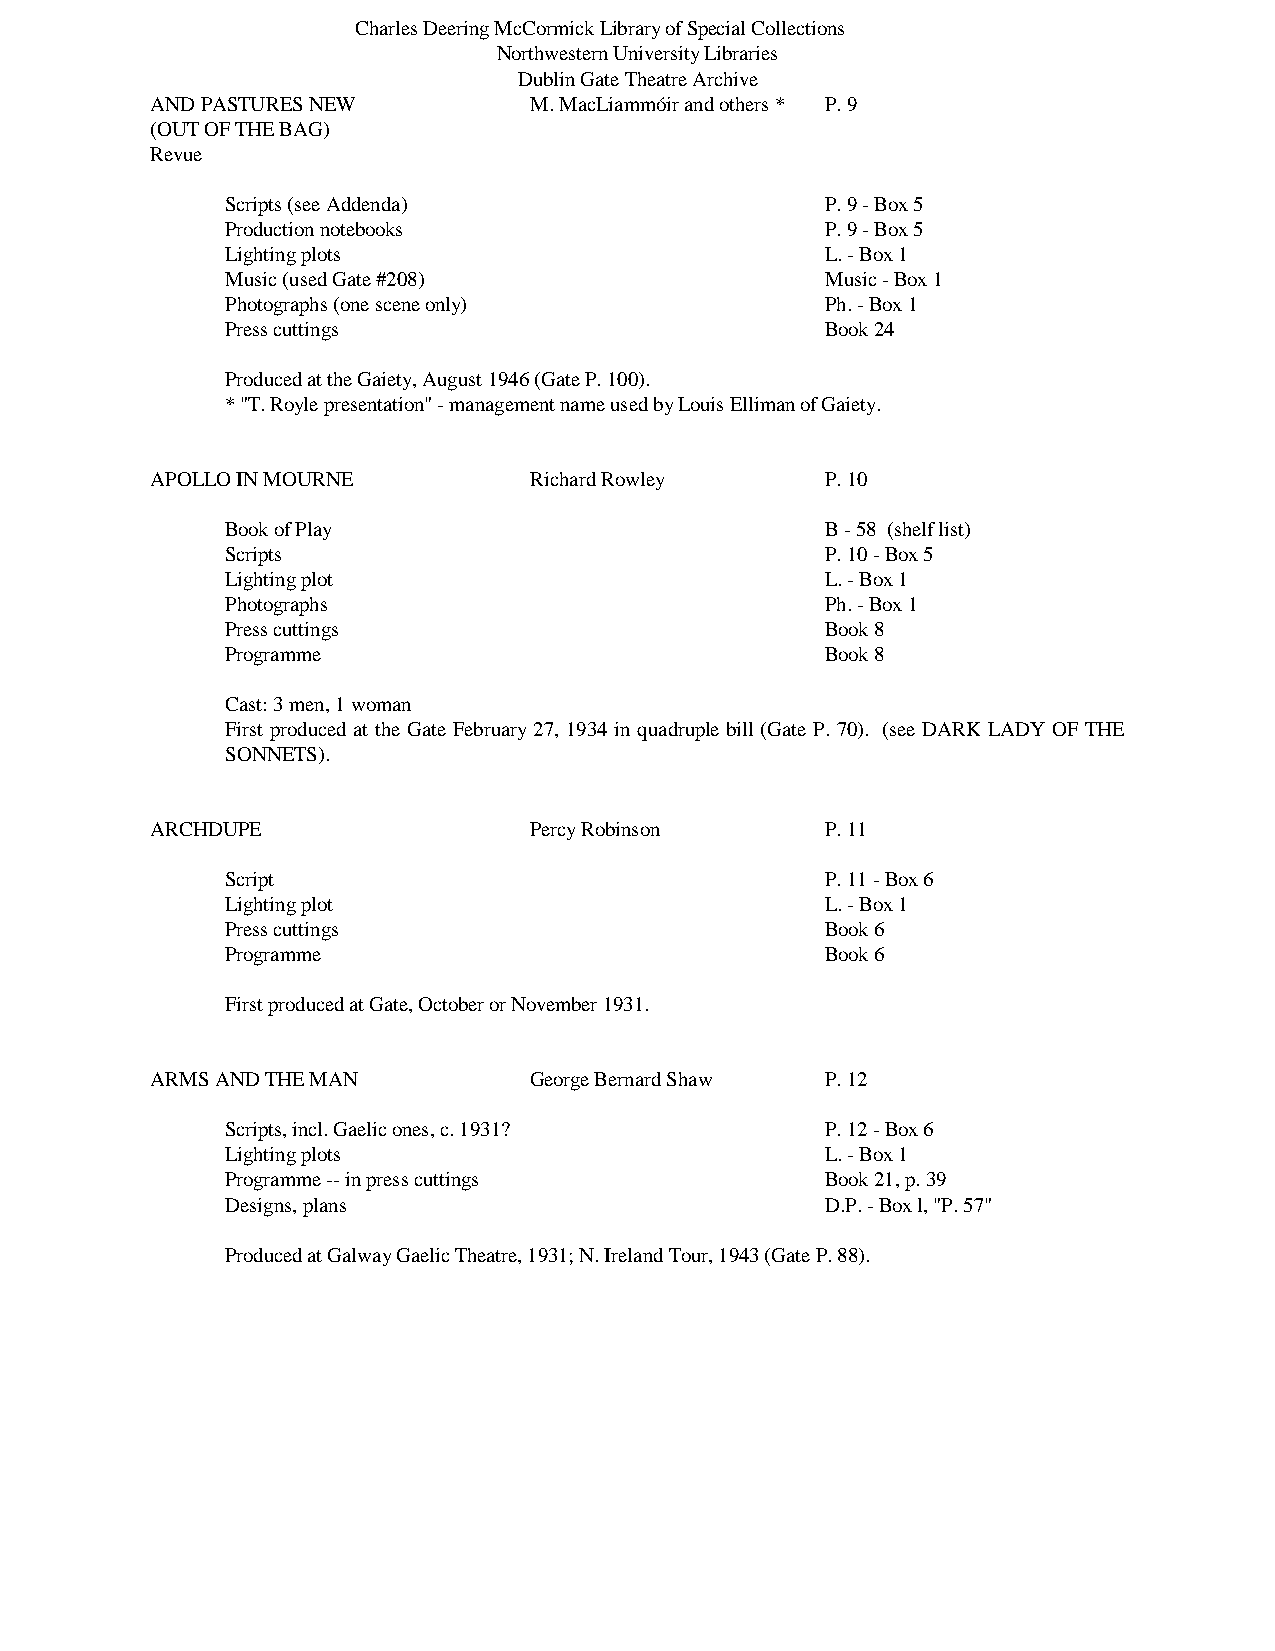
Charles Deering McCormick Library of Special Collections
 Northwestern University Libraries
 Dublin Gate Theatre Archive
 AND PASTURES NEW         M. MacLiammóir and others * P. 9
 (OUT OF THE BAG)
 Revue
 Scripts (see Addenda)                   P. 9 - Box 5
 Production notebooks                    P. 9 - Box 5
 Lighting plots                          L. - Box 1
 Music (used Gate #208)                  Music - Box 1
 Photographs (one scene only)            Ph. - Box 1
 Press cuttings                          Book 24
 Produced at the Gaiety, August 1946 (Gate P. 100).
 * "T. Royle presentation" - management name used by Louis Elliman of Gaiety.
 APOLLO IN MOURNE         Richard Rowley      P. 10
 Book of Play                            B - 58 (shelf list)
 Scripts                                 P. 10 - Box 5
 Lighting plot                           L. - Box 1
 Photographs                             Ph. - Box 1
 Press cuttings                          Book 8
 Programme                               Book 8
 Cast: 3 men, 1 woman
 First produced at the Gate February 27, 1934 in quadruple bill (Gate P. 70). (see DARK LADY OF THE
 SONNETS).
 ARCHDUPE                 Percy Robinson      P. 11
 Script                                  P. 11 - Box 6
 Lighting plot                           L. - Box 1
 Press cuttings                          Book 6
 Programme                               Book 6
 First produced at Gate, October or November 1931.
 ARMS AND THE MAN         George Bernard Shaw P. 12
 Scripts, incl. Gaelic ones, c. 1931?    P. 12 - Box 6
 Lighting plots                          L. - Box 1
 Programme -- in press cuttings          Book 21, p. 39
 Designs, plans                          D.P. - Box l, "P. 57"
 Produced at Galway Gaelic Theatre, 1931; N. Ireland Tour, 1943 (Gate P. 88).